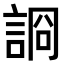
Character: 𧨝